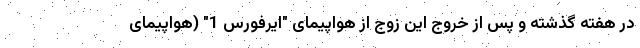
در هفته گذشته و پس از خروج این زوج از هواپیمای "ایرفورس 1" (هواپیمای